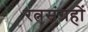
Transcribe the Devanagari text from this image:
रत्नसंग्रहों